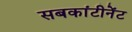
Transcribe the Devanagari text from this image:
सबकांटीनेंट